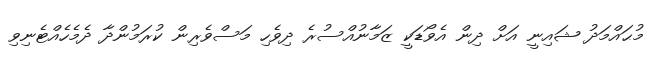
މުޙައްމަދު ޝައިނީ އަށް ދިން އެވޯޑަކީ ޒަމާނުއްސުރެ ދިވެހި މަސްވެރިން ކުރަމުންދާ ދެމެހެއްޓެނިވި